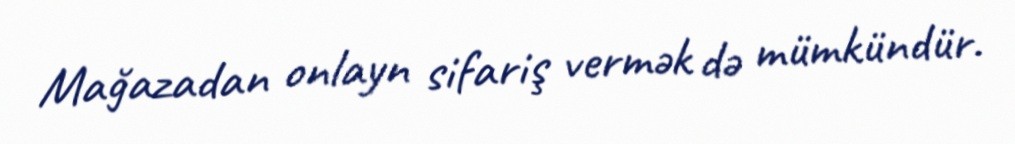
Mağazadan onlayn sifariş vermək də mümkündür.